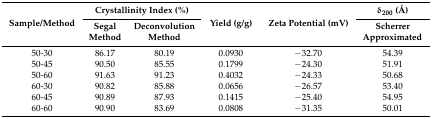
<table><thead><tr><td rowspan="2"><b>Sample/Method</b></td><td colspan="2"><b>Crystallinity Index (%)</b></td><td rowspan="2"><b>Yield (g/g)</b></td><td rowspan="2"><b>Zeta Potential (mV)</b></td><td><b>δ<sub>200</sub> (Å)</b></td></tr><tr><td><b>Segal Method</b></td><td><b>Deconvolution Method</b></td><td><b>Scherrer Approximated</b></td></tr></thead><tbody><tr><td>50-30</td><td>86.17</td><td>80.19</td><td>0.0930</td><td>−32.70</td><td>54.39</td></tr><tr><td>50-45</td><td>90.50</td><td>85.55</td><td>0.1799</td><td>−24.30</td><td>51.91</td></tr><tr><td>50-60</td><td>91.63</td><td>91.23</td><td>0.4032</td><td>−24.33</td><td>50.68</td></tr><tr><td>60-30</td><td>90.82</td><td>85.88</td><td>0.0656</td><td>−26.57</td><td>53.40</td></tr><tr><td>60-45</td><td>90.89</td><td>87.93</td><td>0.1415</td><td>−25.40</td><td>54.95</td></tr><tr><td>60-60</td><td>90.90</td><td>83.69</td><td>0.0808</td><td>−31.35</td><td>50.01</td></tr></tbody></table>